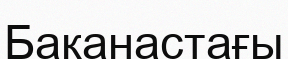
Бақанастағы